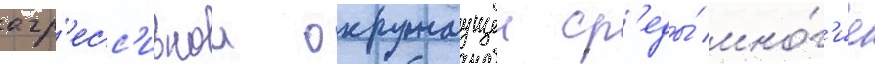
агр'есс'ивнои окружаущеи ср'еды́ мно́г'ие